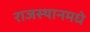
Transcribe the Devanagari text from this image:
राजस्थानमधे